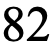
82